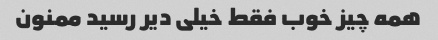
همه چیز خوب فقط خیلی دیر رسید ممنون